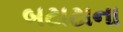
બટાટાના